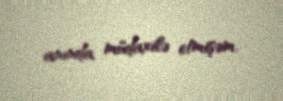
anında müdaxilə etmişəm.